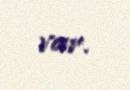
var.